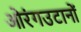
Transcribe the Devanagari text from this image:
ओरंगउटानों